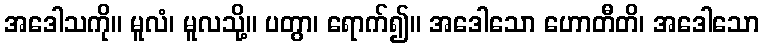
အဒေါသကို။ မူလံ၊ မူလသို့။ ပတွာ၊ ရောက်၍။ အဒေါသော ဟောတီတိ၊ အဒေါသော